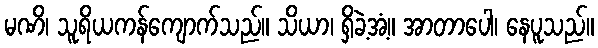
မဏိ၊ သူရိယကန်ကျောက်သည်။ သိယာ၊ ရှိခဲ့အံ့။ အာတာပေါ၊ နေပူသည်။